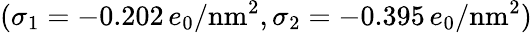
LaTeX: (\sigma_{1}=-0.202\, e_{0}/\textrm{nm}^{2},\sigma_{2}=-0.395\, e_{0}/\textrm{nm}^{2})